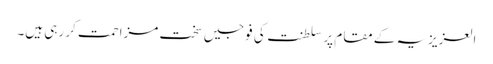
العزیزیہ کے مقام پر سلطنت کی فوجیں سخت مزاحمت کر رہی ہیں۔